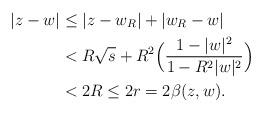
LaTeX: \begin{align*}|z-w|&\leq |z-w_R|+|w_R-w|\\&< R\sqrt{s}+R^2\Big( \dfrac{1-|w|^2}{1-R^2 |w|^2}\Big)\\&< 2R\leq 2r=2\beta(z,w).\end{align*}